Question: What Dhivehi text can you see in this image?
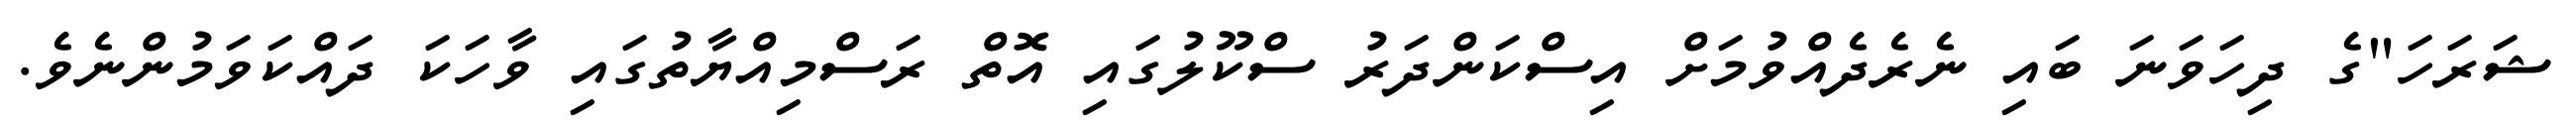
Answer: ޝަރަހަ"ގެ ދިހަވަނަ ބައި ނެރެދެއްވުމަށް އިސްކަންދަރު ސްކޫލުގައި އޮތް ރަސްމިއްޔާތުގައި ވާހަކަ ދައްކަވަމުންނެވެ.